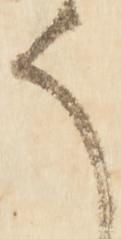
そ